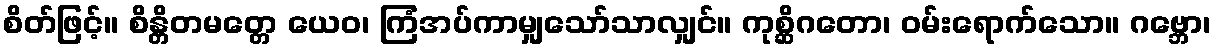
စိတ်ဖြင့်။ စိန္တိတမတ္တေ ယေဝ၊ ကြံအပ်ကာမျှသော်သာလျှင်။ ကုစ္ဆိဂတော၊ ဝမ်းရောက်သော။ ဂဗ္ဘော၊